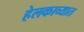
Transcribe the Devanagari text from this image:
हेलकाव्यात